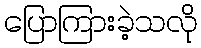
ပြောကြားခဲ့သလို